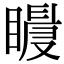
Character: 𥋀